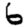
Digit: 6